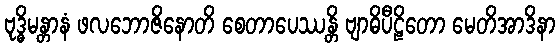
ဗုဒ္ဓိမန္တာနံ ဖလဘောဇိနောတိ စေတာပေဿန္တိ ဗျာဓိပီဠိတော မေတိအာဒိနာ